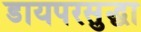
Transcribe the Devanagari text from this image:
डायपरसुद्धा